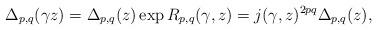
LaTeX: \begin{align*}\Delta_{p,q}(\gamma z) = \Delta_{p,q}(z) \exp {R_{p,q}(\gamma, z)} = j(\gamma, z)^{2pq} \Delta_{p,q}(z),\end{align*}